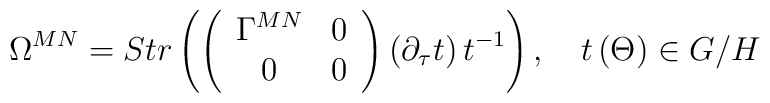
\Omega ^{MN}=Str\left( \left( \begin{array}{cc}\Gamma ^{MN} & 0 \\ 0 & 0\end{array}\right) \left( \partial _\tau t\right) t^{-1}\right) ,\quad t\left( \Theta\right) \in G/H